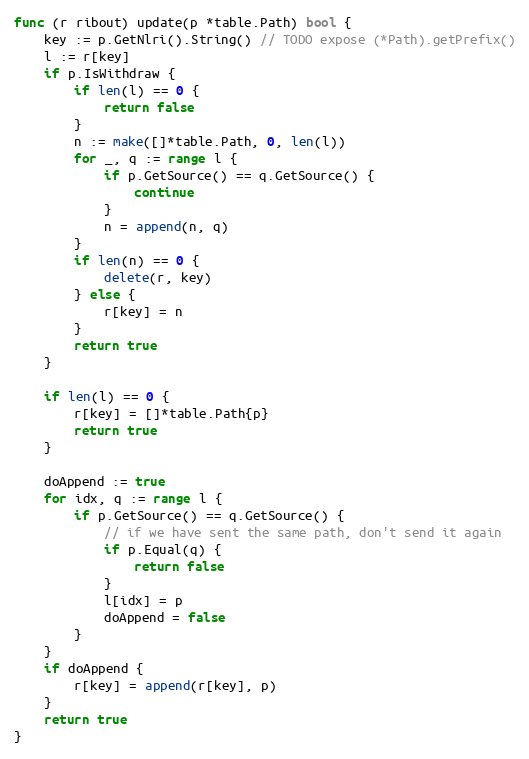
Language: Go
func (r ribout) update(p *table.Path) bool {
	key := p.GetNlri().String() // TODO expose (*Path).getPrefix()
	l := r[key]
	if p.IsWithdraw {
		if len(l) == 0 {
			return false
		}
		n := make([]*table.Path, 0, len(l))
		for _, q := range l {
			if p.GetSource() == q.GetSource() {
				continue
			}
			n = append(n, q)
		}
		if len(n) == 0 {
			delete(r, key)
		} else {
			r[key] = n
		}
		return true
	}

	if len(l) == 0 {
		r[key] = []*table.Path{p}
		return true
	}

	doAppend := true
	for idx, q := range l {
		if p.GetSource() == q.GetSource() {
			// if we have sent the same path, don't send it again
			if p.Equal(q) {
				return false
			}
			l[idx] = p
			doAppend = false
		}
	}
	if doAppend {
		r[key] = append(r[key], p)
	}
	return true
}